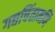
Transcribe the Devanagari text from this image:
गद्यचिंतामणि